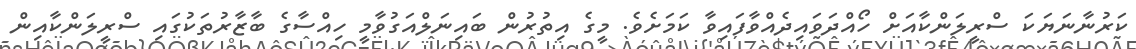
ކަރުނާނަޔަކަ ސްރީލަންކާއަށް ހޯއްދަވައިދެއްވާފައިވާ ކަމަށެވެ. މީގެ އިތުރުން ބައިނަލްއަގުވާމީ ހިއްސާގެ ބާޒާރުތަކުގައި ސްރީލަންކާއިން